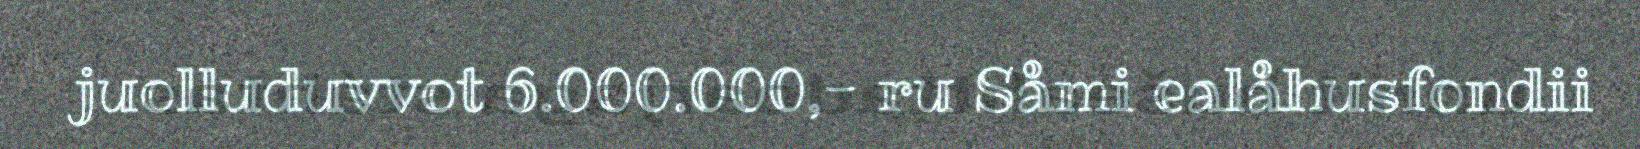
juolluduvvot 6.000.000,- ru Såmi ealåhusfondii